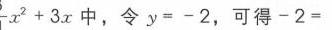
\(x^{2}+3x\)中，令\(y = - 2\)，可得\(-2=\)